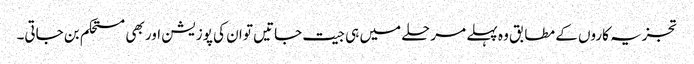
تجزیہ کاروں کے مطابق وہ پہلے مرحلے میں ہی جیت جاتیں تو ان کی پوزیشن اور بھی مستحکم بن جاتی۔